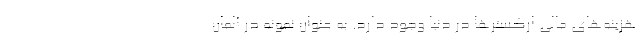
هزینه‌های مالی ارکسترها در دنیا وجود دارد. به عنوان نمونه در آلمان